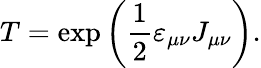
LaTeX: T=\exp\left(\frac 12\varepsilon_{\mu\nu}J_{\mu\nu}\right).